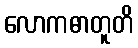
လောကဓာတူတိ